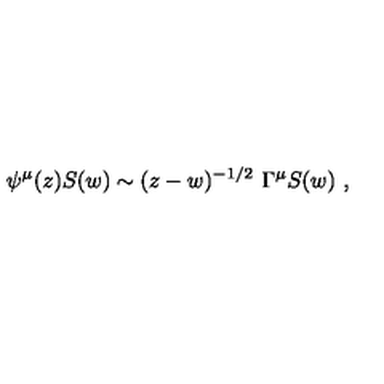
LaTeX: \psi ^ { \mu } ( z ) S ( w ) \sim ( z - w ) ^ { - 1 / 2 } \ \Gamma ^ { \mu } S ( w ) \ ,